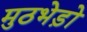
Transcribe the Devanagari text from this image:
मुठभेड़ो